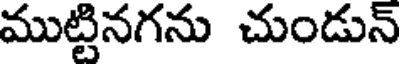
ముట్టినగను చుండున్